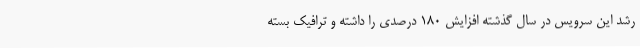
رشد این سرویس در سال گذشته افزایش ۱۸۰ درصدی را داشته و ترافیک بسته